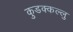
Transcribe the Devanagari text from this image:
कुडक्कल्लु